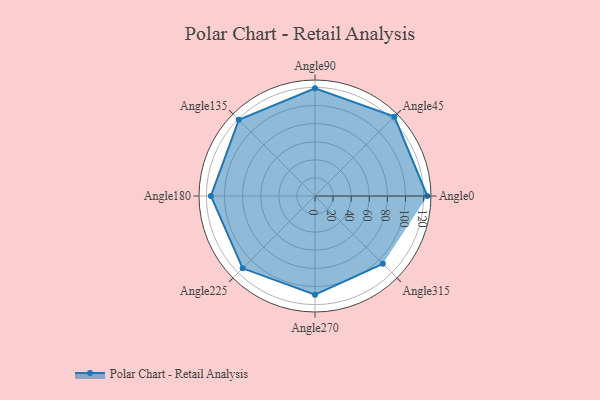
{"axis": {"x": "Angle", "y": "Radius"}, "legend": [""], "data": [{"x": "Angle0", "y": 124.0, "type": ""}, {"x": "Angle45", "y": 124.0, "type": ""}, {"x": "Angle90", "y": 119.0, "type": ""}, {"x": "Angle135", "y": 119.0, "type": ""}, {"x": "Angle180", "y": 115.0, "type": ""}, {"x": "Angle225", "y": 113.0, "type": ""}, {"x": "Angle270", "y": 109.0, "type": ""}, {"x": "Angle315", "y": 106.0, "type": ""}]}